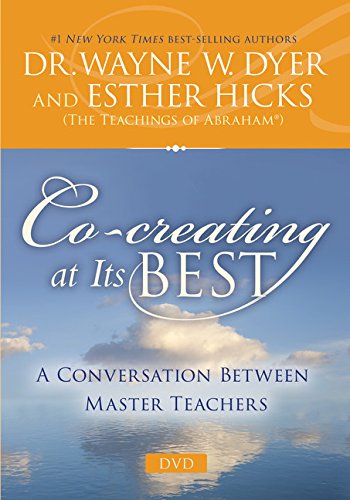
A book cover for Co-creating at Its Best: A Conversation Between Master Teachers; Dr. Wayne W. Dyer; Religion & Spirituality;